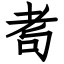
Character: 耉